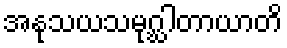
အနုသယသမုဂ္ဃါတာယာတိ